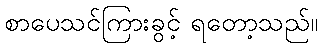
စာပေသင်ကြားခွင့် ရတော့သည်။